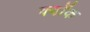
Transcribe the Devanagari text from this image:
क्वॉक